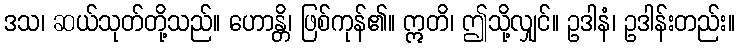
ဒသ၊ ဆယ်သုတ်တို့သည်။ ဟောန္တိ၊ ဖြစ်ကုန်၏။ ဣတိ၊ ဤသို့လျှင်။ ဥဒါနံ၊ ဥဒါန်းတည်း။